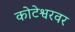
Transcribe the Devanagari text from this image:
कोटेश्वरवर